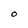
Character: O